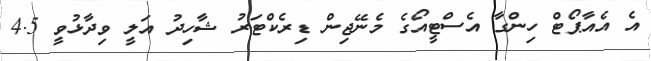
އެ އެއާޕޯޓް ހިންގާ އެސްޓީއޯގެ މެނޭޖިން ޑިރެކްޓަރު ޝާހިދު އަލީ ވިދާޅުވީ 4.5